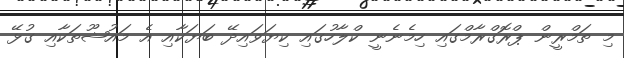
މި ތަމްރީން ޕްރޮގްރާމްގައި ހިމެނެނީ ކްލާހުގައި ކިޔަވައިދޭ ބަޔަކާއި އެ މައުޝޫތަކާއި ގުޅޭ